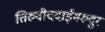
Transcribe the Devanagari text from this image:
तिरुवीददाईमरुदुर